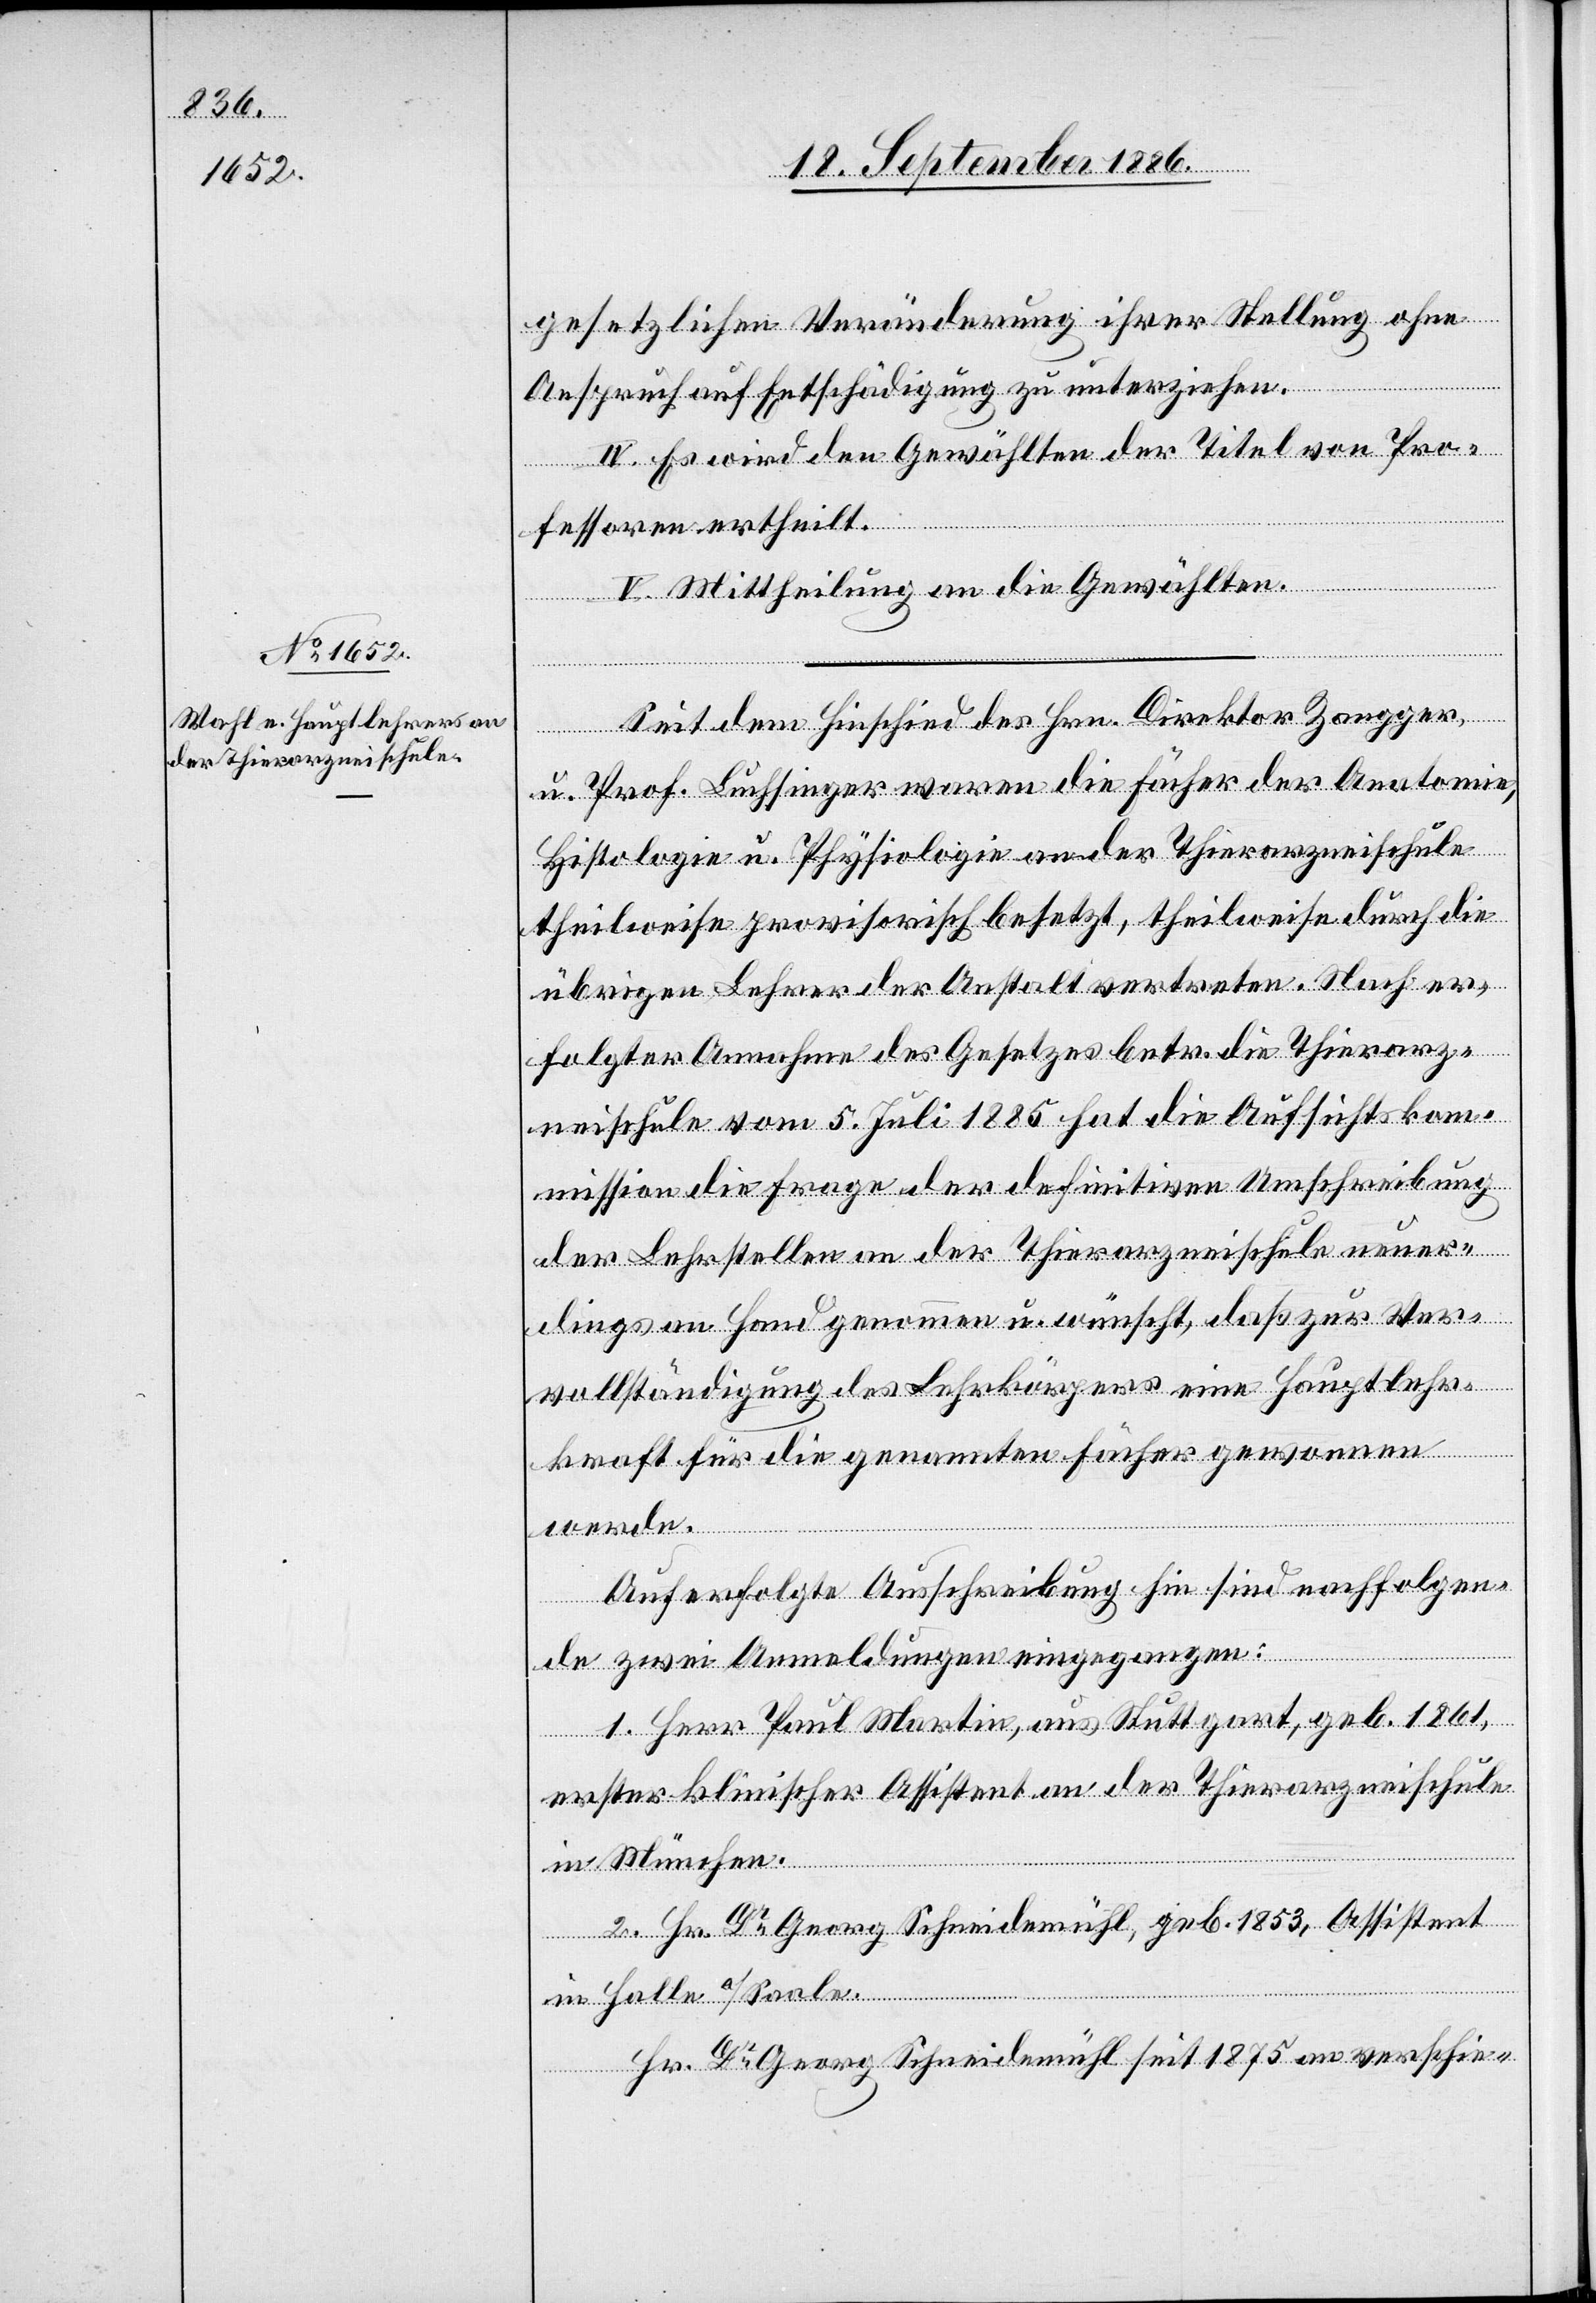
gesetzlichen Veränderung ihrer Stellung ohne
Anspruch auf Entschädigung zu unterziehen.
IV. Es wird den Gewählten der Titel von Pro¬
fessoren ertheilt.
V. Mittheilung an die Gewählten.
Seit dem Hinschied des Hrn. Direktor Zangger,
u. Prof. Luchsinger waren die Fächer der Anatomie,
Histologie u. Physiologie an der Thierarzneischule
theilweise provisorisch besetzt, theilweise durch die
übrigen Lehrer der Anstalt vertreten. Nach er¬
folgter Annahme des Gesetzes betr. die Thierarz¬
neischule vom 5. Juli 1885 hat die Aufsichtskom¬
mission die Frage der definitiven Umschreibung
der Lehrstellen an der Thierarzneischule neuer¬
dings an Hand genommen u. wünscht, daß zur Ver¬
vollständigung des Lehrkörpers eine Hauptlehr¬
kraft für die genannten Fächer gewonnen
werde.
Auf erfolgte Ausschreibung hin sind nachfolgen¬
de zwei Anmeldungen eingegangen:
1. Herr Paul Martin, aus Stuttgart, geb. 1861,
erster klinischer Assistent an der Thierarzneischule
in München.
2. Hr. Dr Georg Schneidemühl, geb. 1853, Assistent
in Halle a/Saale.
Hr. Dr Georg Schneidemühl seit 1875 an verschie-